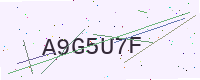
Text: A9G5U7F